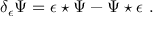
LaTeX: \delta _ { \epsilon } \Psi = \epsilon \star \Psi - \Psi \star \epsilon \, \, .